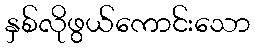
နှစ်လိုဖွယ်ကောင်းသော